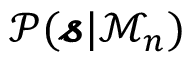
\mathscr { P } ( \pmb { \mathscr { s } } | \mathcal { M } _ { n } )